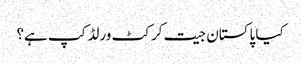
کیا پاکستان جیت کرکٹ ورلڈ کپ ہے؟